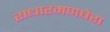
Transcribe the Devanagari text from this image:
राधारमणघेरा